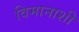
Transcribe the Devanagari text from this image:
विमानाशी